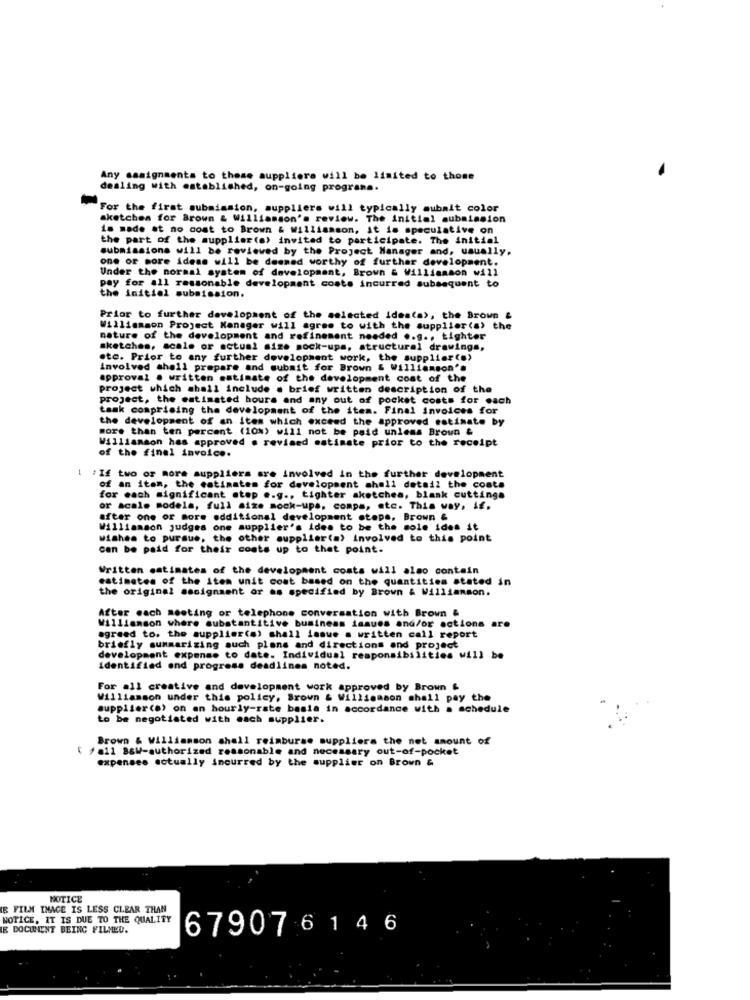
Any assignments to those suppliers will be limited to those
dealing with established, on-going programs.
For the first submission, suppliers will typically submit color
sketches for Brown & Williamson's review. The initial submission
is made at no cost to Brown & williamson, it is speculative on
the part of the supplier(e) invited to participate. The initial
submissions will be reviewed by the Project Manager and, usually,
one or more ideas will be deemed worthy of further development.
Under the normal system of development, Brown & Williamson will
pay for all reasonable development costs incurred subsequent to
the initial submission.
Prior to further development of the selected ideata>, the Brown &
Williamson Project Manager will agree to with the supplier(a) the
nature of the development and refinement needed .. g ., tighter
sketches, scale or actual size mock-ups, structural drawings,
ote. Prior to any further development work, the supplier(s)
involved shall prepare and submit for Brown & Williamson's
approval . written estimate of the development cost of the
project which shall include . brief written description of the
project, the estimated hours and any out of pocket costs for each
task comprising the development of the item. Final invoices for
the development of an item which exceed the approved estimate by
more than ten percent (10%) will not be paid unless Brown &
Williamson has approved . revised estimate prior to the receipt
of the final invoice.
-
" If two or more suppliers are involved in the further development
of an item, the estimates for development shell detail the costs
for each significant step e.g ., tighter sketches, blank cuttings
or acale models, full size mock-ups, compa, etc. This way, if.
after one or more additional development steps, Brown &
Williamson judges one supplier's ides to be the sole ides it
Wishes to pursue, the other supplier(a) involved to this point
can be paid for their coats up to that point.
Written estimates of the development costs will also contain
estimates of the item unit cost based on the quantities stated in
the original assignment or as specified by Brown & Williamson.
After each meeting or telephone conversation with Brown &
Williamson where substantitive business issues and/or actions are
agreed to, the supplier(o) shall issue a written call report
briefly summarizing such plans and directions and project
development expense to date. Individual responsibilities will be
identified and progress deadlines noted.
For all creative and development work approved by Brown &
Williamson under this policy, Brown & Williamson shall pay the
supplier(s) on an hourly-rate basia in accordance with a schedule
to be negotiated with each supplier.
Brown & Williamson shall reimburse suppliers the net amount of
/ail BsW-authorized reasonable and necessary out-of-pocket
expenses actually inourred by the supplier on Brown &
NOTICE
E FILM IMAGE IS LESS CLEAR THAN
NOTICE. IT IS DUE TO THE QUALITY
E DOCUMENT BEING FILMED.
679076146